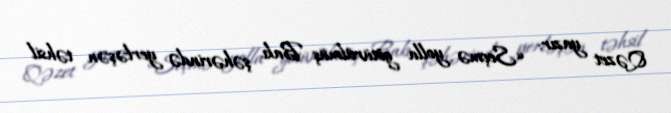
Qəzet yazır: «Seçmə yolla götürülmüş Bakı şəhərində yerləşən təhsil